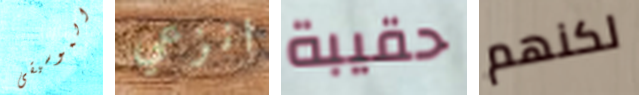
الموسيقى انزعي حقيبة لكنهم